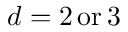
d = 2 \, \mathrm { { o r } \, 3 }